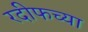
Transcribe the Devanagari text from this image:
रदीफच्या